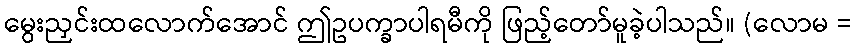
မွေးညှင်းထလောက်အောင် ဤဥပက္ခာပါရမီကို ဖြည့်တော်မူခဲ့ပါသည်။ (လောမ =